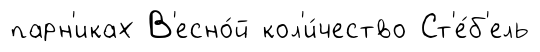
парн'иках В'есно́й кол'и́чество Ст'е́б'ель